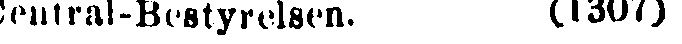
Central-Bestyrelsen. (1307)